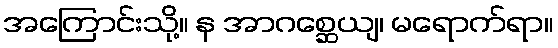
အကြောင်းသို့။ န အာဂစ္ဆေယျ၊ မရောက်ရာ။